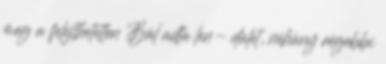
meg a felejthetetlen Bál adta len- dület, néhány régebbi